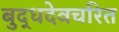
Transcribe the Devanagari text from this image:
बुद्धदेवचरित